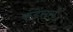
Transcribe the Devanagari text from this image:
कंडेंसर्स